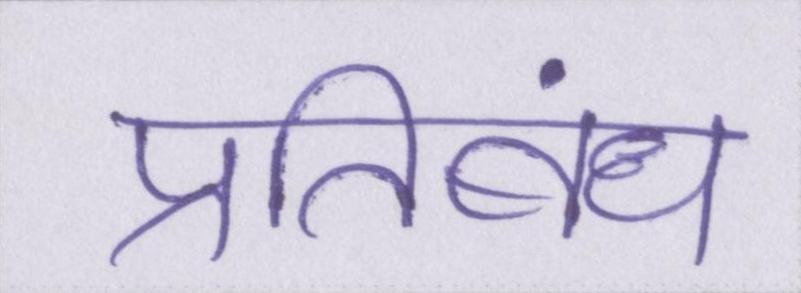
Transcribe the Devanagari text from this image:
प्रतिबंध